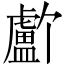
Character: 𬐸